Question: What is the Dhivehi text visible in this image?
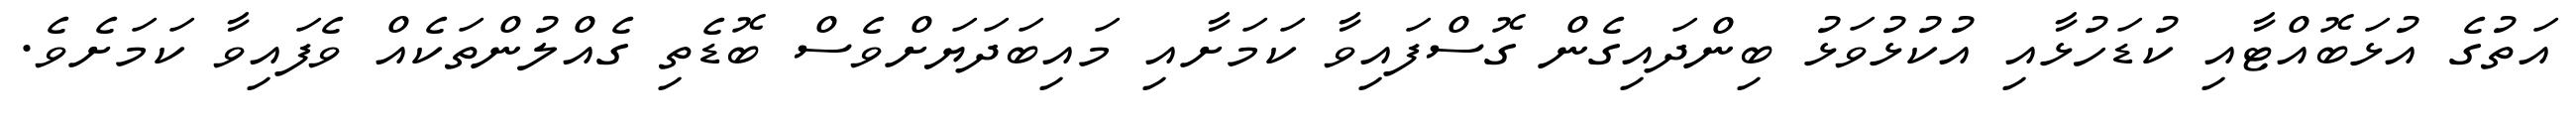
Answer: އަތުގެ އުޅަބޮއްޓާއި ކުޑަހުޅާއި އުކުޅުވަޅު ބިންދައިގެން ގޮސްފައިވާ ކަމަށާއި މައިބަދަޔަށްވެސް ބޮޑެތި ގެއްލުންތަކެއް ވެފައިވާ ކަމަށެވެ.